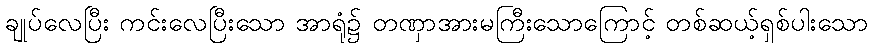
ချုပ်လေပြီး ကင်းလေပြီးသော အာရုံ၌ တဏှာအားမကြီးသောကြောင့် တစ်ဆယ့်ရှစ်ပါးသော